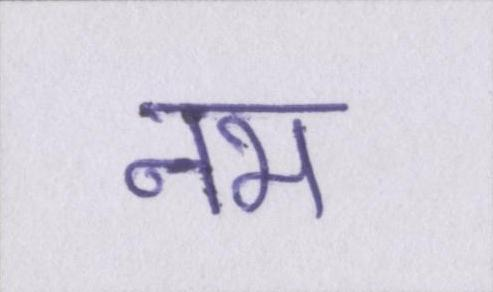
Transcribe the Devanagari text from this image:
नभ